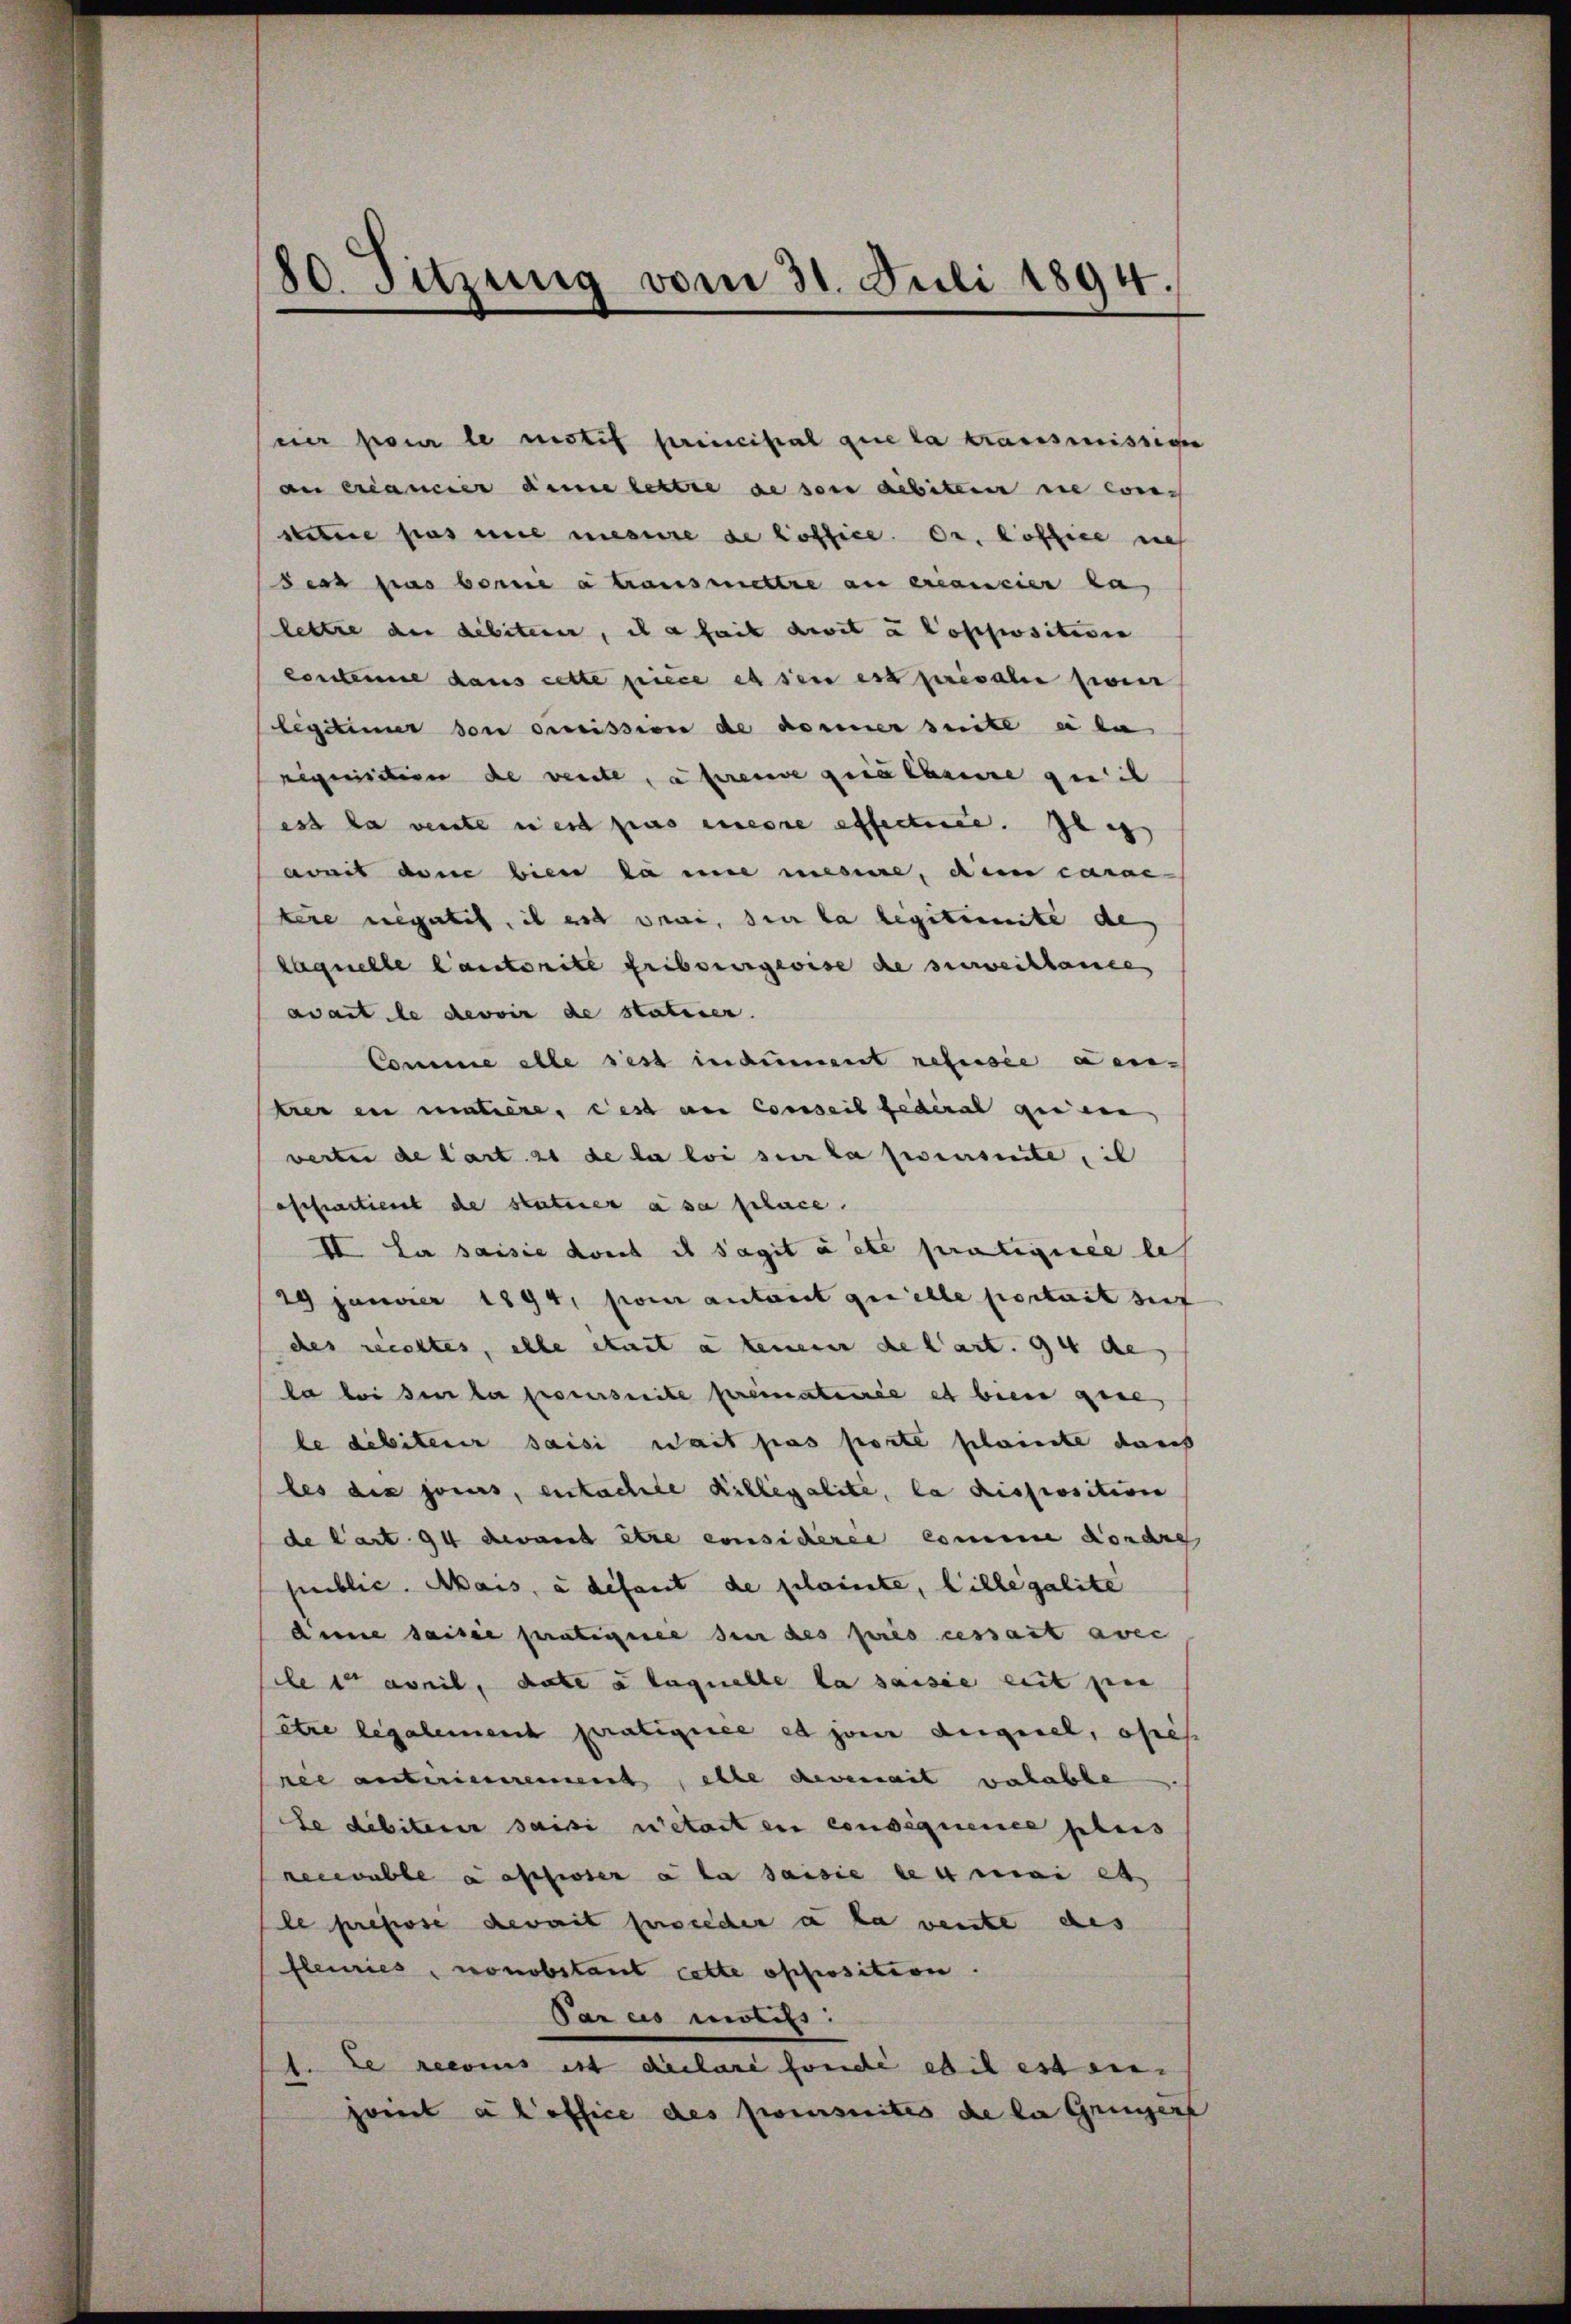
80. Sitzung vom 31. Juli 1894.

eier pour le motif principal que la transmission
au créancier deine lettre de son debiten die cons
stetere pas eine mesure de office. Dr. Coffice nich
deat pas berne a transmettre au créancier ka
lette der debiterer, il a fait devit u Poppositisie
contenne dans cette piece et sei est presale sie
legitimer den dreission de donnerseite u da
riquisition de vente, a freude geralarire quit
est da vente est pas meine effecte. Jen
avait dene bien da une mesiere, dem carae-
tene negates, il est vini, sie la legitimite de
laquelle Cautorite Fribourgeoise de surveillance
avait le devoir de statirer.
Comme alle ses indement refusée den
trer in matière, ces am Conseil fédéral quien
werter de l’art. 21 de la loi sur la percursuite, il
offrartiert de statuier à sa place.
II. La saisie dort es sagit acte pratigire les
29 Jänner 1894, pour antait quelle portait sich
des rechtes, elle etwas a teuerer de l’art. 94 de
la bei den der proverseite prematerie es bien gene
le débiterer saisi wait pas porte plainte durch
les des jours, eintachte Killegalite, la disposition
de l’art. 94 devant être considerer comme donare
seiblic. Mais, à défaut de plainte, billegalite
deine saisie pratigiree den des pris cessant avec
cles assil, date à laquelle la saisie weit sin
être legalement pratiquee et jour degesel, ofes
ree anteriennement, elle devenait valable
Le débiterer saisi retart ein consequence plus
recevable a assiser à la saisie den mei es,
le prepose devait proceder a la vente des
fleuries, nonobstant cette offrosition.
Par ces motils:
1. Le recoins ist declaré fonde eil est au
joint a l’office des poursuites de la Grenzert